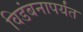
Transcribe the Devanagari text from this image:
विडंबनापर्यंत